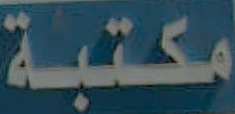
مكتبة